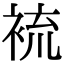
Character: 裗